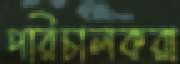
পরিচালকরা